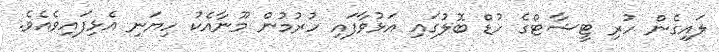
ލައިގެން ހުރި ޓީޝާޓްގެ ހުޑް ބޮލުގައި އަޅުވާފައި ހުރުމުން މޫނާއެކު ހިޔަނި އެޅިފައިވެއެވެ.